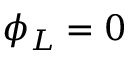
\phi _ { L } = 0